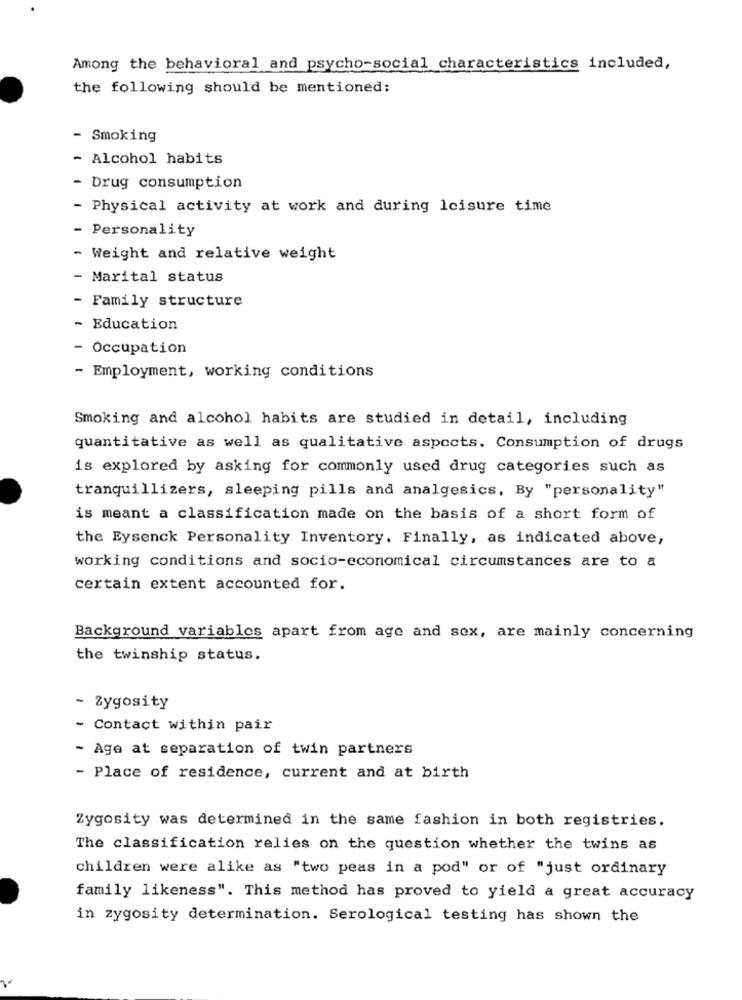
Among the behavioral and psycho-social characteristics included,
the following should be mentioned:
- Smoking
- Alcohol habits
- Drug consumption
- Physical activity at work and during leisure time
- Personality
- Weight and relative weight
- Marital status
- Family structure
Education
- Occupation
- Employment, working conditions
Smoking and alcohol habits are studied in detail, including
quantitative as well as qualitative aspects. Consumption of drugs
is explored by asking for commonly used drug categories such as
tranquillizers, sleeping pills and analgesics, By "personality"
is meant a classification made on the basis of a short form of
the Eysenck Personality Inventory. Finally, as indicated above,
working conditions and socio-economical circumstances are to a
certain extent accounted for.
Background variables apart from age and sex, are mainly concerning
the twinship status.
- Zygosity
- Contact within pair
- Age at separation of twin partners
Place of residence, current and at birth
Zygosity was determined in the same fashion in both registries.
The classification relies on the question whether the twins as
children were alike as "two peas in a pod" or of "just ordinary
family likeness". This method has proved to yield a great accuracy
in zygosity determination. Serological testing has shown the